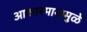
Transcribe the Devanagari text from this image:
आकारमानामुळे